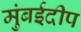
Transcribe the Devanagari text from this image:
मुंबईदीप